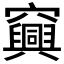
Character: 𥩆